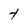
Character: t